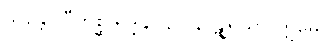
သန္တော ဗီဘစ္ဆ ရုဒ္ဒါနိ၊ နဝ နာဋျရသာ ဣမေ။